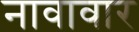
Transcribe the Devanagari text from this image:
नावावार